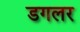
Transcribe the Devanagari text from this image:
डगलर